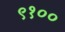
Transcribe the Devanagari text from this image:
९१००